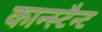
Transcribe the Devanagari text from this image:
कान्स्टैन्ट